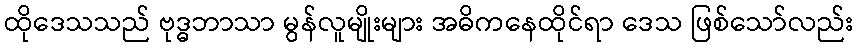
ထိုဒေသသည် ဗုဒ္ဓဘာသာ မွန်လူမျိုးများ အဓိကနေထိုင်ရာ ဒေသ ဖြစ်သော်လည်း